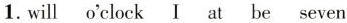
1.willo'clock I at be seven